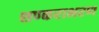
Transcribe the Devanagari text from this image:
शण्कराभरण